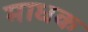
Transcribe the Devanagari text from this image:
माधक